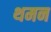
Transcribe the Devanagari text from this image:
थमन